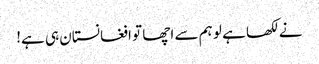
نے لکھا ہے لو ہم سے اچھا تو افغانستان ہی ہے!